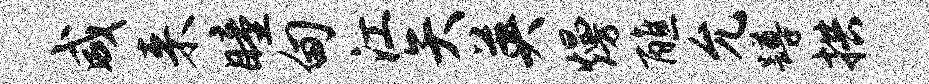
咸来瞳甸江矢英熳醮允蹲拱